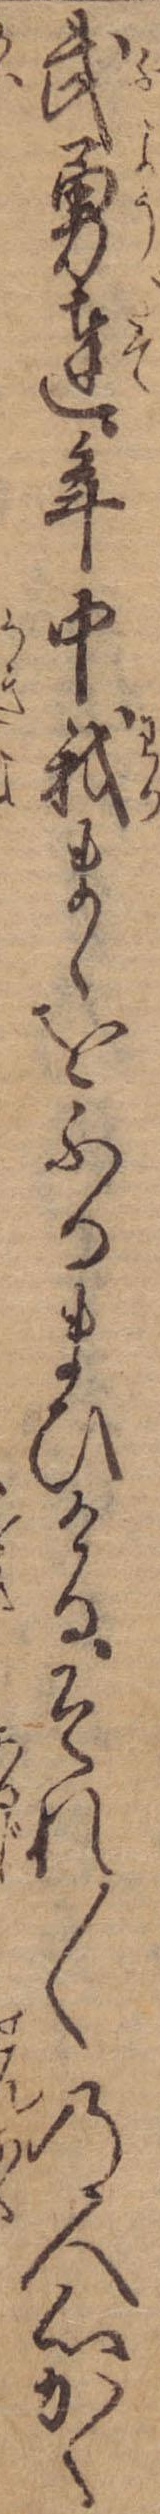
武勇達年中我まゝをふるまひけるそれ〱の人心かく